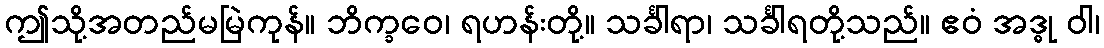
ဤသို့အတည်မမြဲကုန်။ ဘိက္ခဝေ၊ ရဟန်းတို့။ သင်္ခါရာ၊ သင်္ခါရတို့သည်။ ဧဝံ အဒ္ဓု ဝါ၊